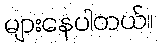
များနေပါတယ်။